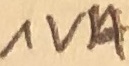
Text: 1VA